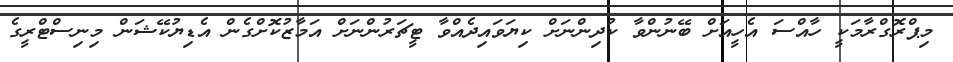
މިޕްރޮގްރާމަކީ ހާއްސަ އެހީއަށް ބޭނުންވާ ކުދިންނަށް ކިޔަވައިދެއްވާ ޓީޗަރުންނަށް އަމާޒުކޮށްގެން އެޑިޔުކޭޝަން މިނިސްޓްރީގެ